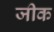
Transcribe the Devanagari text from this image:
जीक